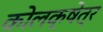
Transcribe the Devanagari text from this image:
कोलक्षेत्र